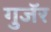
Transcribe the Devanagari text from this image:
गुजॅर